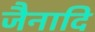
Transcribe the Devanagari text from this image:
जैनादि